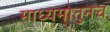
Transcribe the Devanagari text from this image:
माध्यमातुनच